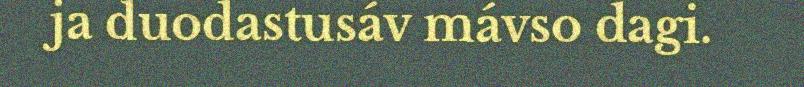
ja duodastusáv mávso dagi.